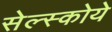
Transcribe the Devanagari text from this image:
सेल्स्कोये